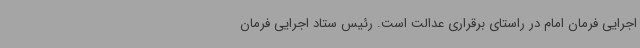
اجرایی فرمان امام در راستای برقراری عدالت است. رئیس ستاد اجرایی فرمان